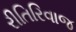
રીતિરિવાજ